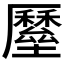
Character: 𡓸